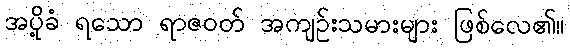
အပို့ခံ ရသော ရာဇဝတ် အကျဉ်းသမားများ ဖြစ်လေ၏။